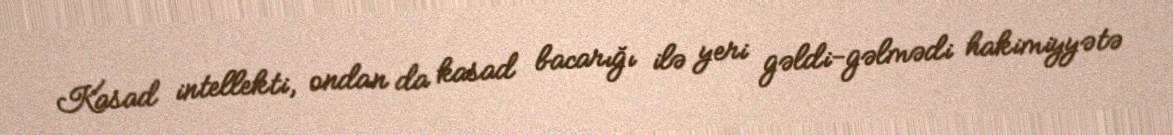
Kasad intellekti, ondan da kasad bacarığı ilə yeri gəldi-gəlmədi hakimiyyətə